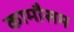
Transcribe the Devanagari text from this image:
कामौसम